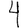
Digit: 4